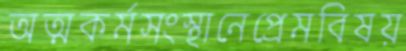
অত্মকর্মসংস্থানেপ্রেমবিষয়